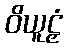
ဝိယူဠှံ